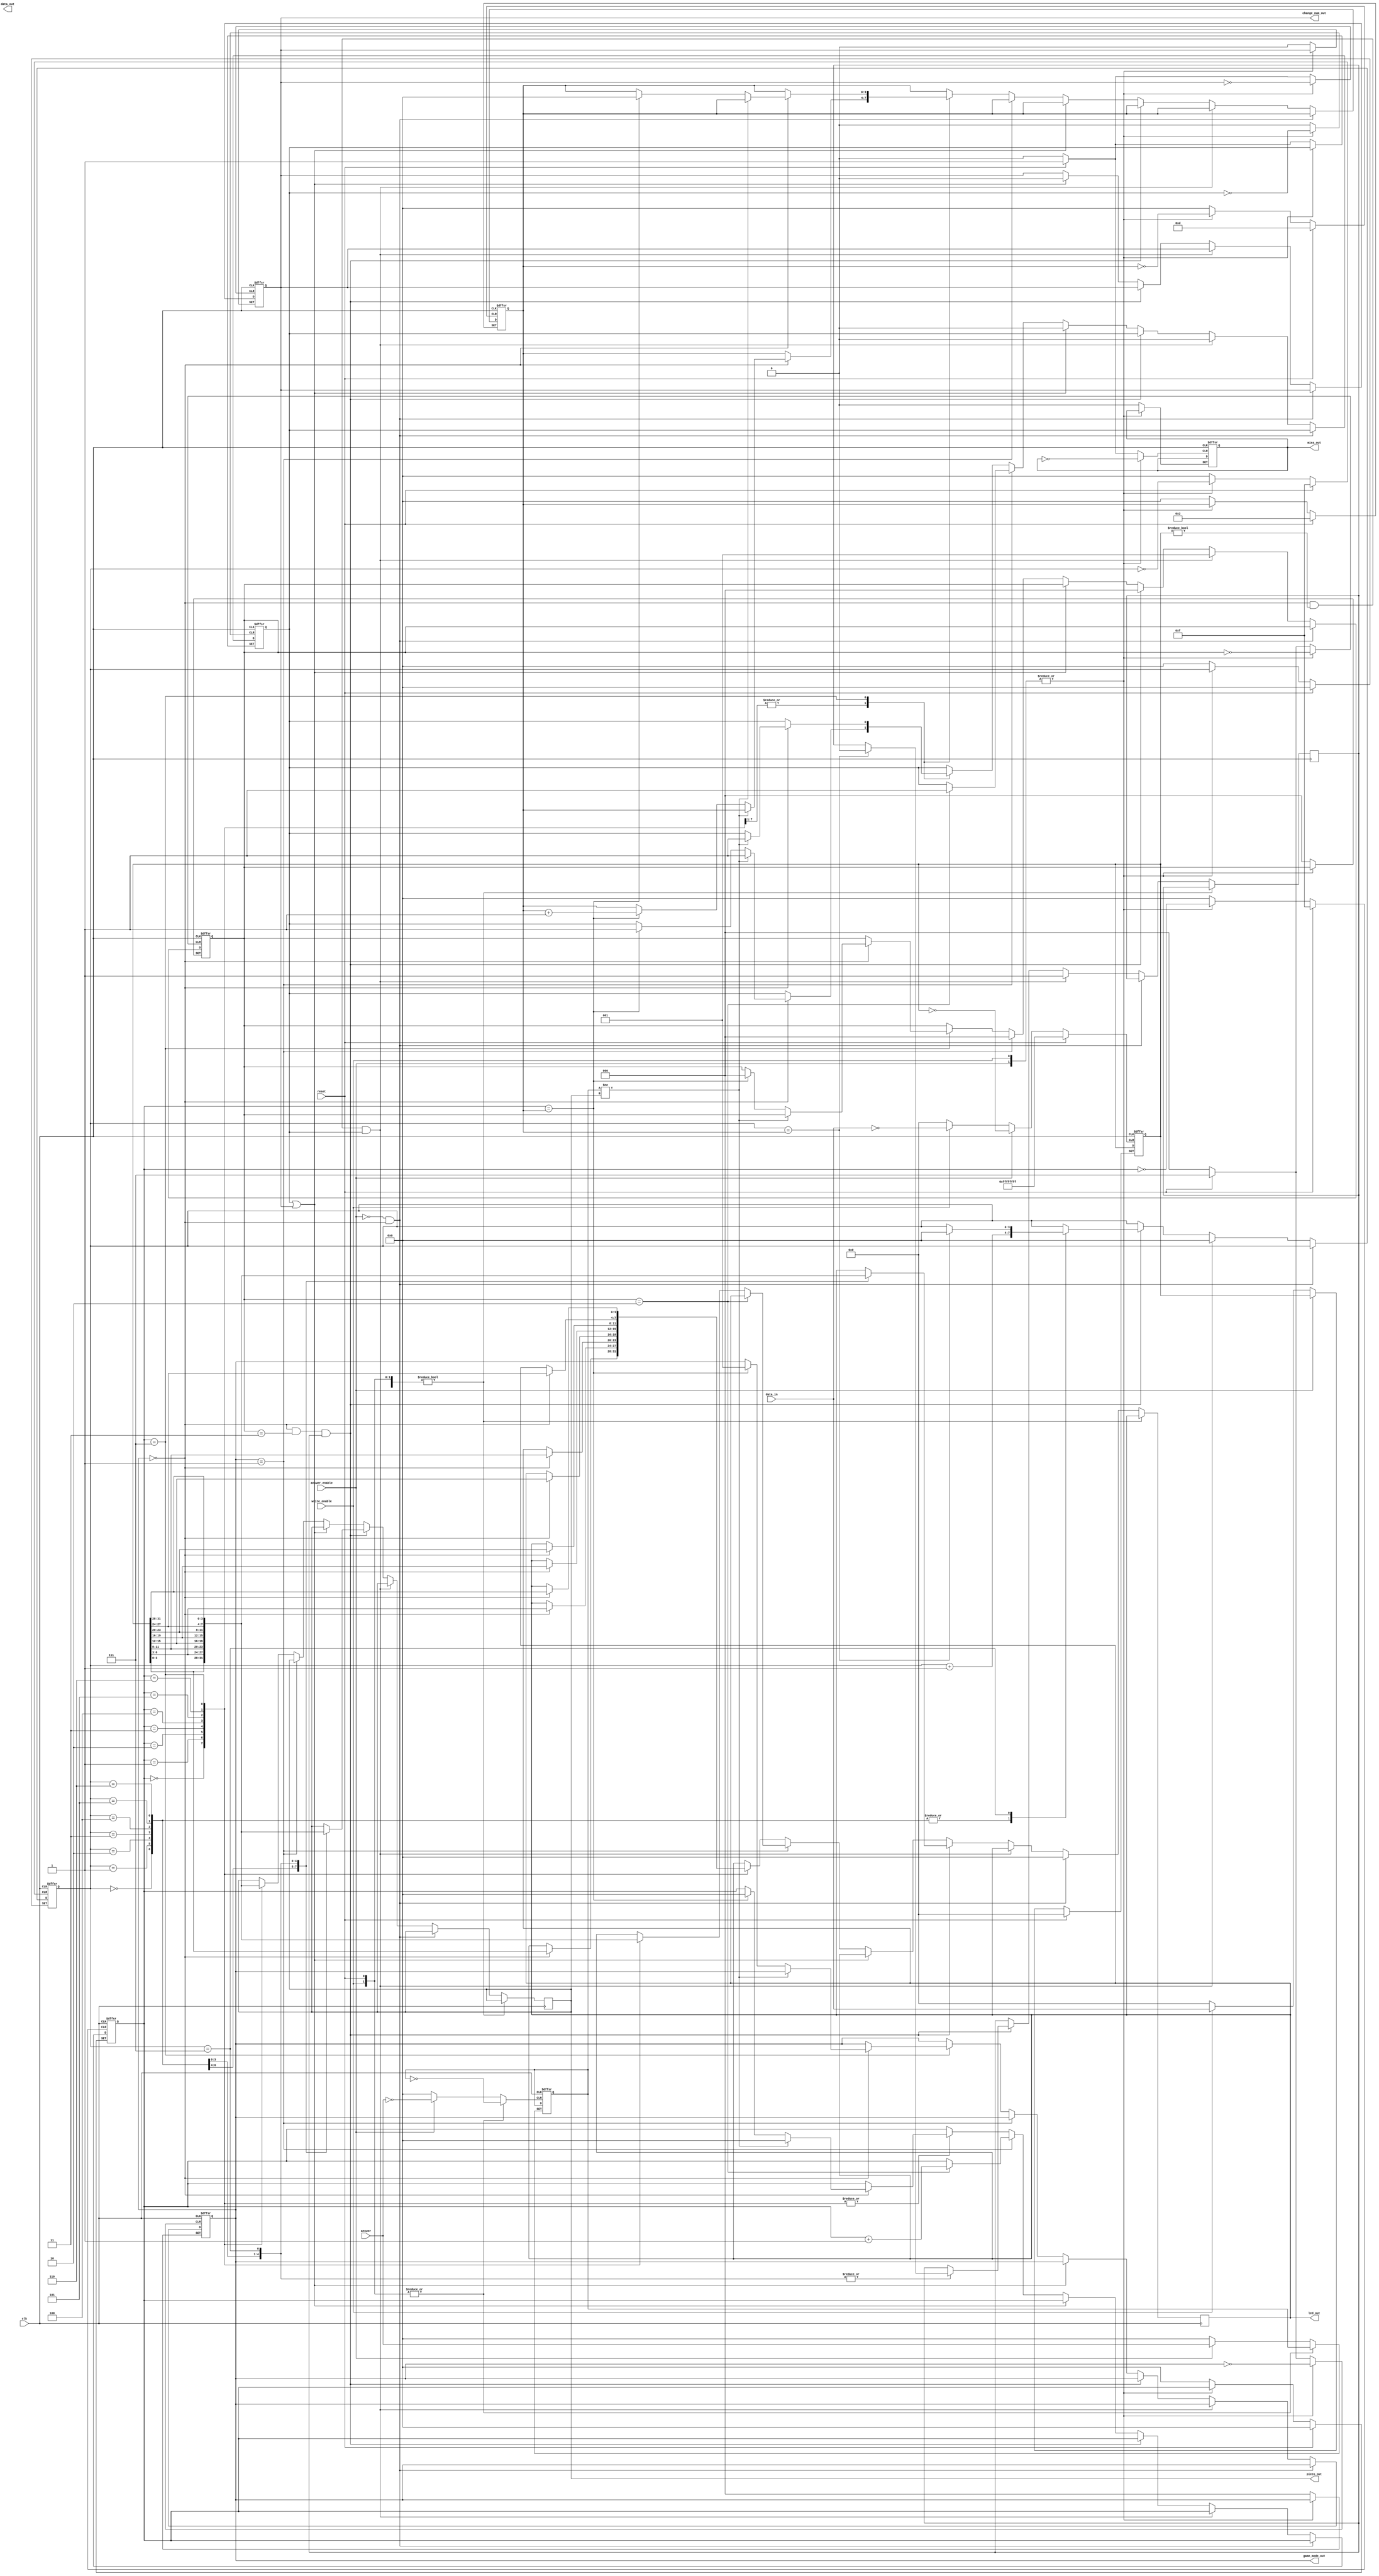
module game_module(
    input wire clk,
    input wire reset,
    input wire [3:0] answer,
    input wire [31:0] data_in,
    input wire write_enable,
    input wire answer_enable,
    output [3:0] data_out,
    output [3:0] piezo_out,
    output [3:0] led_out,
    output miss_out,
    output [2:0] game_mode_out,
    output change_num_out
);

    reg [20:0] ticker; // 23 bits needed to count up to 5M bits
    wire click;

    always @(posedge clk or posedge reset) begin
        if (reset) begin
            ticker <= 0;
        end else if (ticker == 5000000) begin
            ticker <= 0;
        end else begin
            ticker <= ticker + 1;
        end
    end


    assign click = (ticker == 5000000) ? 1'b1 : 1'b0; 
    reg [31:0] register;
    reg [3:0] max_index;    //  index
    reg [3:0] auto_index;       //    index
    reg [2:0] click_detected;
    reg is_music_playing;
    reg [3:0] piezo_reg;
    reg [3:0] data_reg;
    reg [3:0] answer_index;     //  index
    reg play_miss;
    reg [2:0] game_mode;
    reg miss_reg;
    reg change_num;
    reg [3:0] answer_reg;
    reg [3:0] led_reg;
    reg [6:0] problem_count;

    /*
        auto index  max index  ,    index 0 
        if (auto_index == max_index) {
            auto_index <= 0;
            is_music_playing <= 0;
        }
    */

    always @(posedge clk or posedge reset or posedge write_enable or posedge answer_enable) begin
        if (reset) begin
            register <= 0;
            click_detected <= 0;
            auto_index <= 0;
            play_miss <= 1;
            game_mode <= 0;
            miss_reg <= 0;
            change_num <= 0;
            problem_count <= 0;

            //  index  0 ~ max_index  , max_index  2 
            answer_index <= 0;
            max_index <= 2;
        end else if (write_enable) begin
            register <= data_in;

        end else if (answer_enable) begin
            answer_reg <= answer;

        end else if (!answer_enable && game_mode == 0) begin
            led_reg <= 0;
        // mode 0, register   , flag  true   
        // is_music_playing  1 
        end else if (game_mode == 0 && register != 0 && play_miss) begin
            auto_index <= 0;
            click_detected <= 1;
            is_music_playing <= 1;
            play_miss <= 0;
        end
        //click_detected  1 1 . 3   .
        // 0    , 1   register   
        //    max_index  , is_music_playing  0   .
        else if (game_mode == 0 && click_detected == 3 && is_music_playing) begin
            
            case(auto_index)
            0 : 
            begin
                piezo_reg <= register[3:0];
                led_reg <= register[3:0];
                auto_index <= auto_index + 1;
            end
            1 : 
            begin
                piezo_reg <= register[7:3];
                led_reg <= register[7:3];
                auto_index <= auto_index + 1;
            end
            2 : 
            begin
                piezo_reg <= register[11:8];
                led_reg <= register[11:8];
                auto_index <= auto_index + 1;
            end
            3 : 
            begin
                piezo_reg <= register[15:12];
                led_reg <= register[15:12];
                if (auto_index == max_index) begin
                    auto_index <= 0;
                    is_music_playing <= 0;
                end
                auto_index <= auto_index + 1;
            end
            4 : 
            begin
                piezo_reg <= register[19:16];
                led_reg <= register[19:16];
                if (auto_index == max_index) begin
                    auto_index <= 0;
                    is_music_playing <= 0;
                end
                auto_index <= auto_index + 1;
            end
            5 : 
            begin
                piezo_reg <= register[23:20];
                led_reg <= register[23:20];
                if (auto_index == max_index) begin
                    auto_index <= 0;
                    is_music_playing <= 0;
                end
                auto_index <= auto_index + 1;
            end
            6 : 
            begin
                piezo_reg <= register[27:24];
                led_reg <= register[27:24];
                if (auto_index == max_index) begin
                    auto_index <= 0;
                    is_music_playing <= 0;
                end
                auto_index <= auto_index + 1;
            end
            7 : 
            begin
                piezo_reg <= register[31:28];
                led_reg <= register[31:28];
                if (auto_index == max_index) begin
                    auto_index <= 0;
                    is_music_playing <= 0;
                end
            end
            endcase

           click_detected <= 0;
        // click_detected  1 .
        end else if (game_mode == 0 && click && is_music_playing) begin
            click_detected <= click_detected + 1;
            if (click_detected == 2) begin
                piezo_reg <= 0;
                led_reg <= 0;
            end

            
            
        // miss  change  1 clk   .
        end else if (play_miss == 1 || change_num == 1) begin
            play_miss <= 0;
            change_num <= 0;

        end else if (game_mode == 1 && click) begin
           click_detected <= click_detected + 1;

        end else if (game_mode == 1) begin
            if (click_detected == 2) begin
                play_miss <= 1;
                answer_index <= answer_index + 1;
                click_detected <= 0;

            end else begin
                case(answer_index)
                0 : 
                begin
                    led_reg <= register[3:0];
                end
                1 : 
                begin
                    led_reg <= register[7:3];
                end
                2 : 
                begin
                    led_reg <= register[11:8];
                end
                3 : 
                begin
                    led_reg <= register[15:12];
                end
                4 : 
                begin
                    led_reg <= register[19:16];
                end
                5 : 
                begin
                    led_reg <= register[23:20];
                end
                6 : 
                begin
                    led_reg <= register[27:24];
                end
                7 : 
                begin
                    led_reg <= register[31:28];
                end
                endcase
                click_detected <= 0;
            end

        end else begin 
            if (game_mode == 1) begin
                problem_count <= problem_count + 1;
            end
            case(answer_index)
            0 : 
            begin
                piezo_reg <= register[3:0];

                if (game_mode == 0) begin
                    led_reg <= register[3:0];
                    if (answer_reg != piezo_reg) begin
                        answer_index <= 0;
                        play_miss <= 1;

                    end else if (answer_index == max_index) begin
                        answer_index <= 0;
                        max_index <= max_index + 1;
                        play_miss <= 1;
                    end
                end else if (game_mode == 1) begin
                    if (answer_reg != piezo_reg) begin
                        miss_reg <= 1;
                    end
                    answer_index <= answer_index + 1;
                end
            end
            1 : 
            begin
                piezo_reg <= register[7:3];
                
                if (game_mode == 0) begin
                    led_reg <= register[7:3];
                    if (answer_reg != piezo_reg) begin
                        answer_index <= 0;
                        play_miss <= 1;

                    end else if (answer_index == max_index) begin
                        answer_index <= 0;
                        max_index <= max_index + 1;
                        play_miss <= 1;
                    end
                end else if (game_mode == 1) begin
                    if (answer_reg != piezo_reg) begin
                        miss_reg <= 1;
                    end
                    answer_index <= answer_index + 1;
                end
            end
            2 : 
            begin
                piezo_reg <= register[11:8];
                
                if (game_mode == 0) begin
                    led_reg <= register[11:8];
                    if (answer_reg != piezo_reg) begin
                        answer_index <= 0;
                        play_miss <= 1;

                    end else if (answer_index == max_index) begin
                        answer_index <= 0;
                        max_index <= max_index + 1;
                        play_miss <= 1;
                    end
                end else if (game_mode == 1) begin
                    if (answer_reg != piezo_reg) begin
                        miss_reg <= 1;
                    end
                    answer_index <= answer_index + 1;
                end
            end
            3 : 
            begin
                piezo_reg <= register[15:12];
                
                if (game_mode == 0) begin
                    led_reg <= register[15:12];
                    if (answer_reg != piezo_reg) begin
                        answer_index <= 0;
                        play_miss <= 1;

                    end else if (answer_index == max_index) begin
                        answer_index <= 0;
                        max_index <= max_index + 1;
                        play_miss <= 1;
                    end
                end else if (game_mode == 1) begin
                    if (answer_reg != piezo_reg) begin
                        miss_reg <= 1;
                    end
                    answer_index <= answer_index + 1;
                end
            end
            4 : 
            begin
                piezo_reg <= register[19:16];
                
                if (game_mode == 0) begin
                    led_reg <= register[19:16];
                    if (answer_reg != piezo_reg) begin
                        answer_index <= 0;
                        play_miss <= 1;

                    end else if (answer_index == max_index) begin
                        answer_index <= 0;
                        max_index <= max_index + 1;
                        play_miss <= 1;
                    end
                end else if (game_mode == 1) begin
                    if (answer_reg != piezo_reg) begin
                        miss_reg <= 1;
                    end
                    answer_index <= answer_index + 1;
                end
            end
            5 : 
            begin
                piezo_reg <= register[23:20];
                
                if (game_mode == 0) begin
                    led_reg <= register[23:20];
                    if (answer_reg != piezo_reg) begin
                        answer_index <= 0;
                        play_miss <= 1;

                    end else if (answer_index == max_index) begin
                        answer_index <= 0;
                        max_index <= max_index + 1;
                        play_miss <= 1;
                    end
                end else if (game_mode == 1) begin
                    if (answer_reg != piezo_reg) begin
                        miss_reg <= 1;
                    end
                    answer_index <= answer_index + 1;
                end
            end
            6 : 
            begin
                piezo_reg <= register[27:24];
                
                if (game_mode == 0) begin
                    led_reg <= register[27:24];
                    if (answer_reg != piezo_reg) begin
                        answer_index <= 0;
                        play_miss <= 1;

                    end else if (answer_index == max_index) begin
                        answer_index <= 0;
                        max_index <= max_index + 1;
                        play_miss <= 1;
                    end
                end else if (game_mode == 1) begin
                    if (answer_reg != piezo_reg) begin
                        miss_reg <= 1;
                    end
                    answer_index <= answer_index + 1;
                end
            end
            7 : 
            begin
                piezo_reg <= register[31:28];
                
                if (game_mode == 0) begin
                    led_reg <= register[31:28];
                    if (answer_reg != piezo_reg) begin
                        answer_index <= 0;
                        play_miss <= 1;

                    end else if (answer_index == max_index) begin
                        answer_index <= 0;
                        max_index <= 0;
                        game_mode <= 1;
                        click_detected <= 0;
                    end
                end else if (game_mode == 1) begin
                    if (answer_reg != piezo_reg) begin
                        miss_reg <= 1;
                    end
                    answer_index <= 0;
                    change_num <= 1;
                end
            end
            endcase
        end
    end

    assign led_out = led_reg;
    assign change_num_out = change_num;
    assign game_mode_out = game_mode;
    assign miss_out = miss_reg;
    assign piezo_out = piezo_reg;
    assign data_out = data_reg;

endmodule